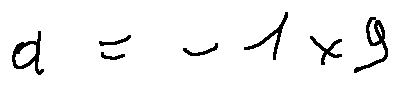
a = - 1 \times 9